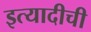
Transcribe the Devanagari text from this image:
इत्यादीची